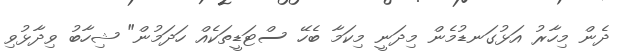
ދެން މިހާރު އަޅުގަނޑުމެން މިދަނީ މިކަމާ ބެހޭ ސްޓަޑީތަކެއް ހަދަމުން" ޝިހާބު ވިދާޅުވި